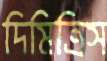
দিমিত্রিস